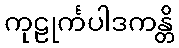
ကုဠုင်္ကပါဒကန္တိ